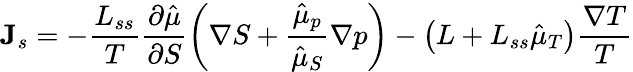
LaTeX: {\mathbf J}_{s}=-\frac{L_{ss}}{T}\frac{\partial\hat{\mu}}{\partial S}\left(\nabla S+\frac{\hat{\mu}_{p}}{\hat{\mu}_{S}}\nabla p\right)-\left(L+L_{ss}\hat{\mu}_{T}\right)\frac{\nabla T}{T}